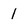
Character: l